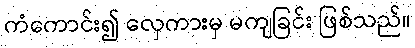
ကံကောင်း၍ လှေကားမှ မကျခြင်း ဖြစ်သည်။